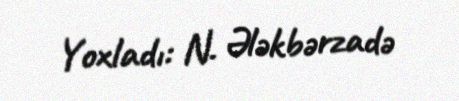
Yoxladı: N. Ələkbərzadə